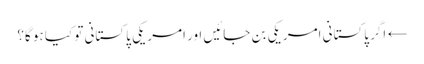
← اگر پاکستانی امریکی بن جائیں اور امریکی پاکستانی تو کیا ہو گا؟